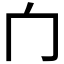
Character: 𰃦